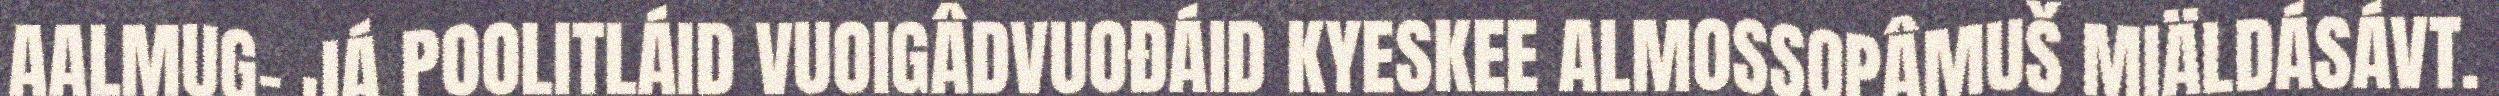
AALMUG- JÁ POOLITLÁID VUOIGÂDVUOĐÁID KYESKEE ALMOSSOPÂMUŠ MIÄLDÁSÁVT.